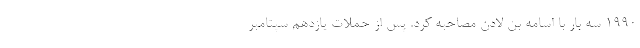
۱۹۹۰ سه بار با اسامه بن لادن مصاحبه کرد. پس از حملات یازدهم سپتامبر